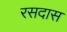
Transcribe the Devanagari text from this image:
रसदास